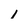
Character: 1